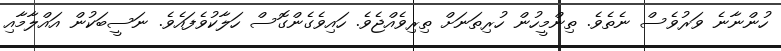
ހުންނާނެ ވަރުވެސް ނެތެވެ. ތިންމީހުން ހުރިތަނަށް ތިރިވެއްޖެވެ. ހައިވެގެންގޮސް ހަލާކުވެފައެވެ. ނަސީބަކުން އައްލާމާއި